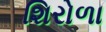
શિરોળા